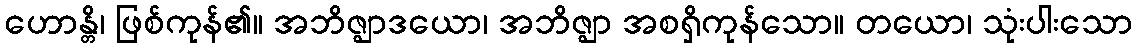
ဟောန္တိ၊ ဖြစ်ကုန်၏။ အဘိဇ္ဈာဒယော၊ အဘိဇ္ဈာ အစရှိကုန်သော။ တယော၊ သုံးပါးသော